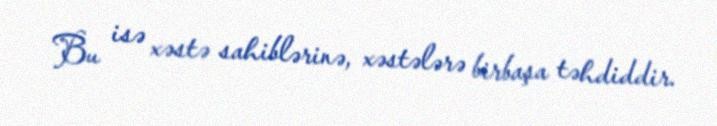
Bu isə xəstə sahiblərinə, xəstələrə birbaşa təhdiddir.